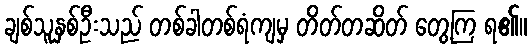
ချစ်သူနှစ်ဦးသည် တစ်ခါတစ်ရံကျမှ တိတ်တဆိတ် တွေ့ကြ ရ၏။